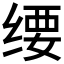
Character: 𬘱